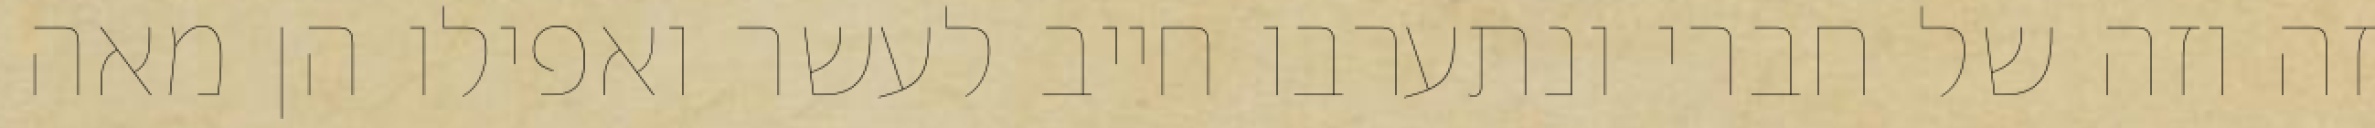
זה וזה של חברי ונתערבו חייב לעשר ואפילו הן מאה